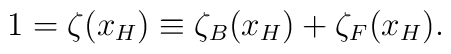
1=\zeta (x_H) \equiv \zeta _B(x_H)+\zeta _F(x_H).